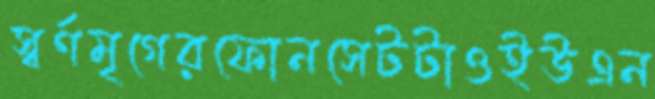
স্বর্ণমৃগেরফোনসেটটাওইউএন